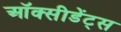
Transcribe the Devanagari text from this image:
ऑक्सीडेंट्स